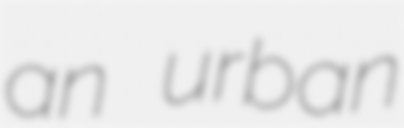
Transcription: an urban